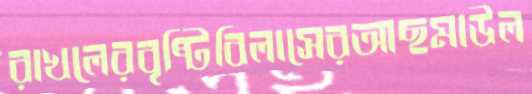
রাখলেরবৃষ্টিবিলাসেরআছমাউল